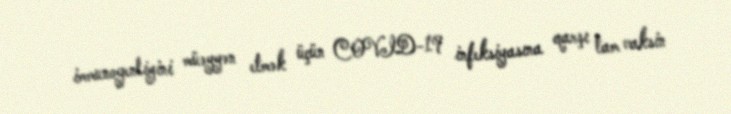
immunogenliyini müəyyən etmək üçün COVID-19 infeksiyasına qarşı tam vaksin